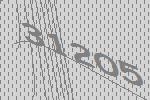
31205